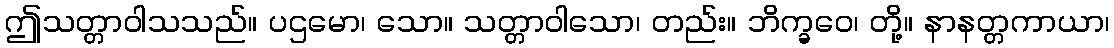
ဤသတ္တာဝါသသည်။ ပဌမော၊ သော။ သတ္တာဝါသော၊ တည်း။ ဘိက္ခဝေ၊ တို့။ နာနတ္တကာယာ၊